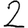
Digit: 2